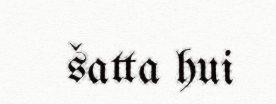
šatta hui